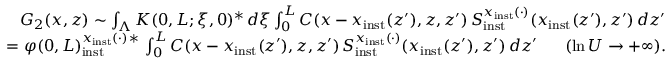
\begin{array} { r l r } & { } & { G _ { 2 } ( x , z ) \sim \int _ { \Lambda } K ( 0 , L ; \xi , 0 ) ^ { \ast } \, d \xi \int _ { 0 } ^ { L } C ( x - x _ { \mathrm { i n s t } } ( z ^ { \prime } ) , z , z ^ { \prime } ) \, S _ { \mathrm { i n s t } } ^ { x _ { \mathrm { i n s t } } ( \cdot ) } ( x _ { \mathrm { i n s t } } ( z ^ { \prime } ) , z ^ { \prime } ) \, d z ^ { \prime } } \\ & { } & { = \varphi ( 0 , L ) _ { \mathrm { i n s t } } ^ { x _ { \mathrm { i n s t } } ( \cdot ) \, \ast } \, \int _ { 0 } ^ { L } C ( x - x _ { \mathrm { i n s t } } ( z ^ { \prime } ) , z , z ^ { \prime } ) \, S _ { \mathrm { i n s t } } ^ { x _ { \mathrm { i n s t } } ( \cdot ) } ( x _ { \mathrm { i n s t } } ( z ^ { \prime } ) , z ^ { \prime } ) \, d z ^ { \prime } \ \ \ \ \ ( \ln U \to + \infty ) . } \end{array}